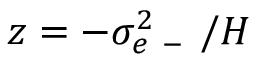
z = - \sigma _ { e \mathrm { ~ - ~ } } ^ { 2 } / H